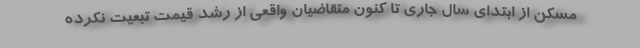
مسکن از ابتدای سال جاری تا کنون متقاضیان واقعی از رشد قیمت تبعیت نکرده